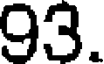
93.